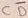
Text: CD